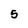
Character: 5